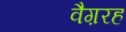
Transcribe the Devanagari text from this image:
वैग़रह